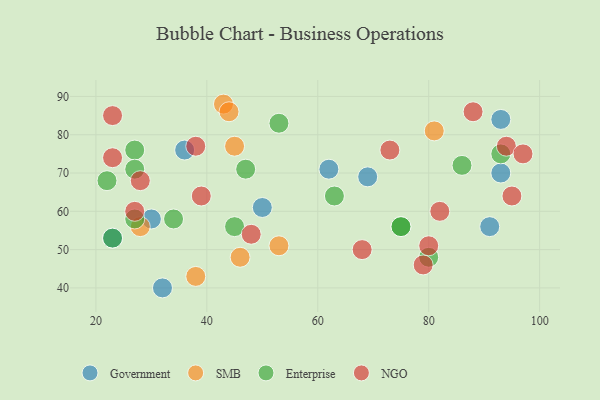
{"axis": {"x": "GDP", "y": "Life Expectancy"}, "legend": ["Enterprise", "Government", "NGO", "SMB"], "data": [{"x": "93", "y": 84, "type": "Government"}, {"x": "23", "y": 53, "type": "Government"}, {"x": "93", "y": 70, "type": "Government"}, {"x": "91", "y": 56, "type": "Government"}, {"x": "30", "y": 58, "type": "Government"}, {"x": "32", "y": 40, "type": "Government"}, {"x": "69", "y": 69, "type": "Government"}, {"x": "36", "y": 76, "type": "Government"}, {"x": "62", "y": 71, "type": "Government"}, {"x": "50", "y": 61, "type": "Government"}, {"x": "81", "y": 81, "type": "SMB"}, {"x": "45", "y": 77, "type": "SMB"}, {"x": "43", "y": 88, "type": "SMB"}, {"x": "28", "y": 56, "type": "SMB"}, {"x": "53", "y": 51, "type": "SMB"}, {"x": "38", "y": 43, "type": "SMB"}, {"x": "46", "y": 48, "type": "SMB"}, {"x": "44", "y": 86, "type": "SMB"}, {"x": "75", "y": 56, "type": "Enterprise"}, {"x": "45", "y": 56, "type": "Enterprise"}, {"x": "27", "y": 58, "type": "Enterprise"}, {"x": "47", "y": 71, "type": "Enterprise"}, {"x": "63", "y": 64, "type": "Enterprise"}, {"x": "75", "y": 56, "type": "Enterprise"}, {"x": "86", "y": 72, "type": "Enterprise"}, {"x": "27", "y": 76, "type": "Enterprise"}, {"x": "80", "y": 48, "type": "Enterprise"}, {"x": "23", "y": 53, "type": "Enterprise"}, {"x": "93", "y": 75, "type": "Enterprise"}, {"x": "53", "y": 83, "type": "Enterprise"}, {"x": "34", "y": 58, "type": "Enterprise"}, {"x": "27", "y": 71, "type": "Enterprise"}, {"x": "22", "y": 68, "type": "Enterprise"}, {"x": "94", "y": 77, "type": "NGO"}, {"x": "88", "y": 86, "type": "NGO"}, {"x": "27", "y": 60, "type": "NGO"}, {"x": "48", "y": 54, "type": "NGO"}, {"x": "97", "y": 75, "type": "NGO"}, {"x": "23", "y": 85, "type": "NGO"}, {"x": "28", "y": 68, "type": "NGO"}, {"x": "79", "y": 46, "type": "NGO"}, {"x": "80", "y": 51, "type": "NGO"}, {"x": "68", "y": 50, "type": "NGO"}, {"x": "95", "y": 64, "type": "NGO"}, {"x": "73", "y": 76, "type": "NGO"}, {"x": "82", "y": 60, "type": "NGO"}, {"x": "39", "y": 64, "type": "NGO"}, {"x": "38", "y": 77, "type": "NGO"}, {"x": "23", "y": 74, "type": "NGO"}]}